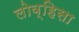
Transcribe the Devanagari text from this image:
लोव्हिसा